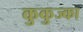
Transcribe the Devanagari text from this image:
कुकुज्का